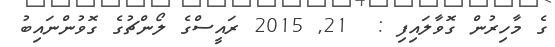
ގެ މާހިރުން ގޮވާލައިފި :  21